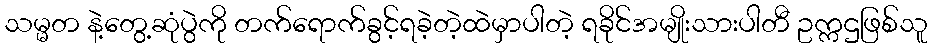
သမ္မတ နဲ့တွေ့ဆုံပွဲကို တက်ရောက်ခွင့်ရခဲ့တဲ့ထဲမှာပါတဲ့ ရခိုင်အမျိုးသားပါတီ ဥက္ကဌဖြစ်သူ